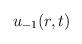
LaTeX: \begin{align*}u_{-1}(r,t)\end{align*}